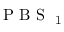
\mathrm { ~ P ~ B ~ S ~ } _ { \mathrm { ~ 1 ~ } }